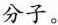
分子。